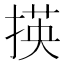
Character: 𢰶